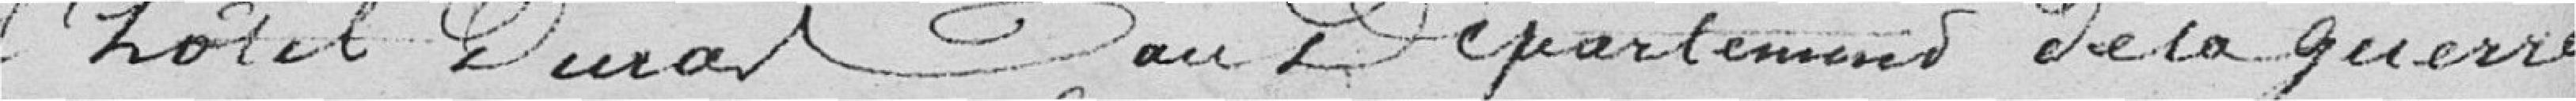
l'hôtel Duras au Département de la Guerre